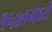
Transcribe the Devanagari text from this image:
१५७१मध्ये